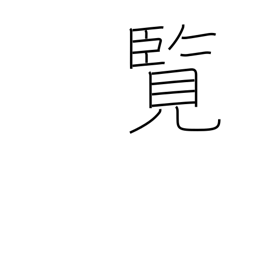
Meaning: perusal